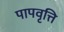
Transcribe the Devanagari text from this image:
पापवृत्ति